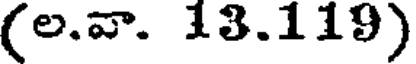
(ల.వా. 13.119)